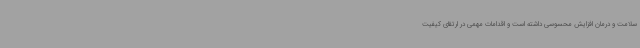
سلامت و درمان افزایش محسوسی داشته است و اقدامات مهمی در ارتقای کیفیت